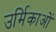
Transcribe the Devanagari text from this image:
उर्मिकाओं